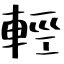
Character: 輕